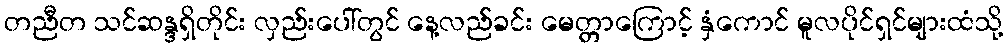
တညီတ သင်ဆန္ဒရှိတိုင်း လှည်းပေါ်တွင် နေ့လည်ခင်း မေတ္တာကြောင့် နှံကောင် မူလပိုင်ရှင်များထံသို့